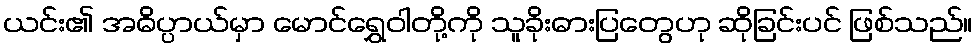
ယင်း၏ အဓိပ္ပာယ်မှာ မောင်ရွှေဝါတို့ကို သူခိုးဓားပြတွေဟု ဆိုခြင်းပင် ဖြစ်သည်။